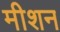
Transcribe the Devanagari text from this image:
मीशन